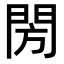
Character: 閍